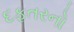
દફતરનો